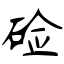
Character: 硷